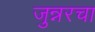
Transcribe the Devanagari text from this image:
जुन्नरचा